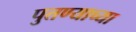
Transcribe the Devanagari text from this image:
पुतण्याच्या